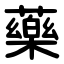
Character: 藥